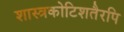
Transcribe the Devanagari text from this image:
शास्त्रकोटिशतैरपि